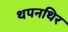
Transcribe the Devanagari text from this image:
थपनथिर